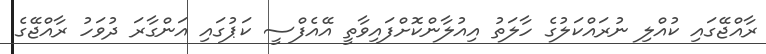
ރާއްޖޭގައި ކުއްލި ނުރައްކަލުގެ ހާލަތު އިއުލާންކޮށްފައިވާތީ އޭއެފްސީ ކަޕުގައި އަންގާރަ ދުވަހު ރާއްޖޭގެ